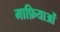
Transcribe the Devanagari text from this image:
माफ़ियाओं